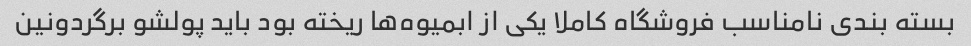
بسته بندی نامناسب فروشگاه کاملا یکی از ابمیوه‌ها ریخته بود باید پولشو برگردونین